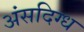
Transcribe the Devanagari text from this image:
अंसदिग्ध